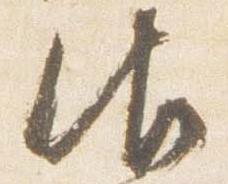
御